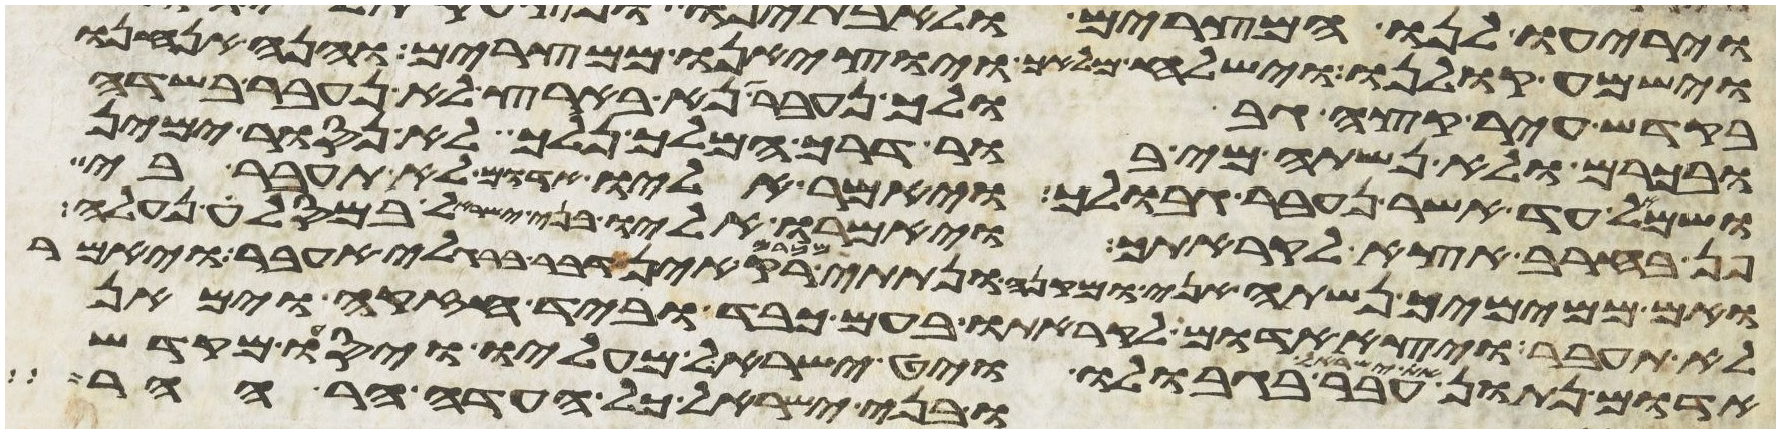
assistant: וישמע קולנו וישלח מלאך ויוציאנו ממצרים והנה אנחנו
בקדש עיר קצה גבולך נעבר נא בארצך לא נעבר בשדה
ובכרם ולא נשתה מי בור דרך המלך נלך לא נסור ימין
ושמאל עד אשר נעבר גבולך ויאמר אליו אדום לא תעבר בי
פן בחרב אצא לקראתך ויאמרו אליו בני ישראל במסלה נעלה
ואם ממימיך נשתה אני ומקני ונתתי מכרם רק אין דבר ברגלי אעבר ויאמר
לא תעבר ויצא אדום לקראתו בעם כבד וביד חזקה וימאן
אדום נתון את ישראל עבר בגבולו ויט ישראל מעליו ויסעו מקדש